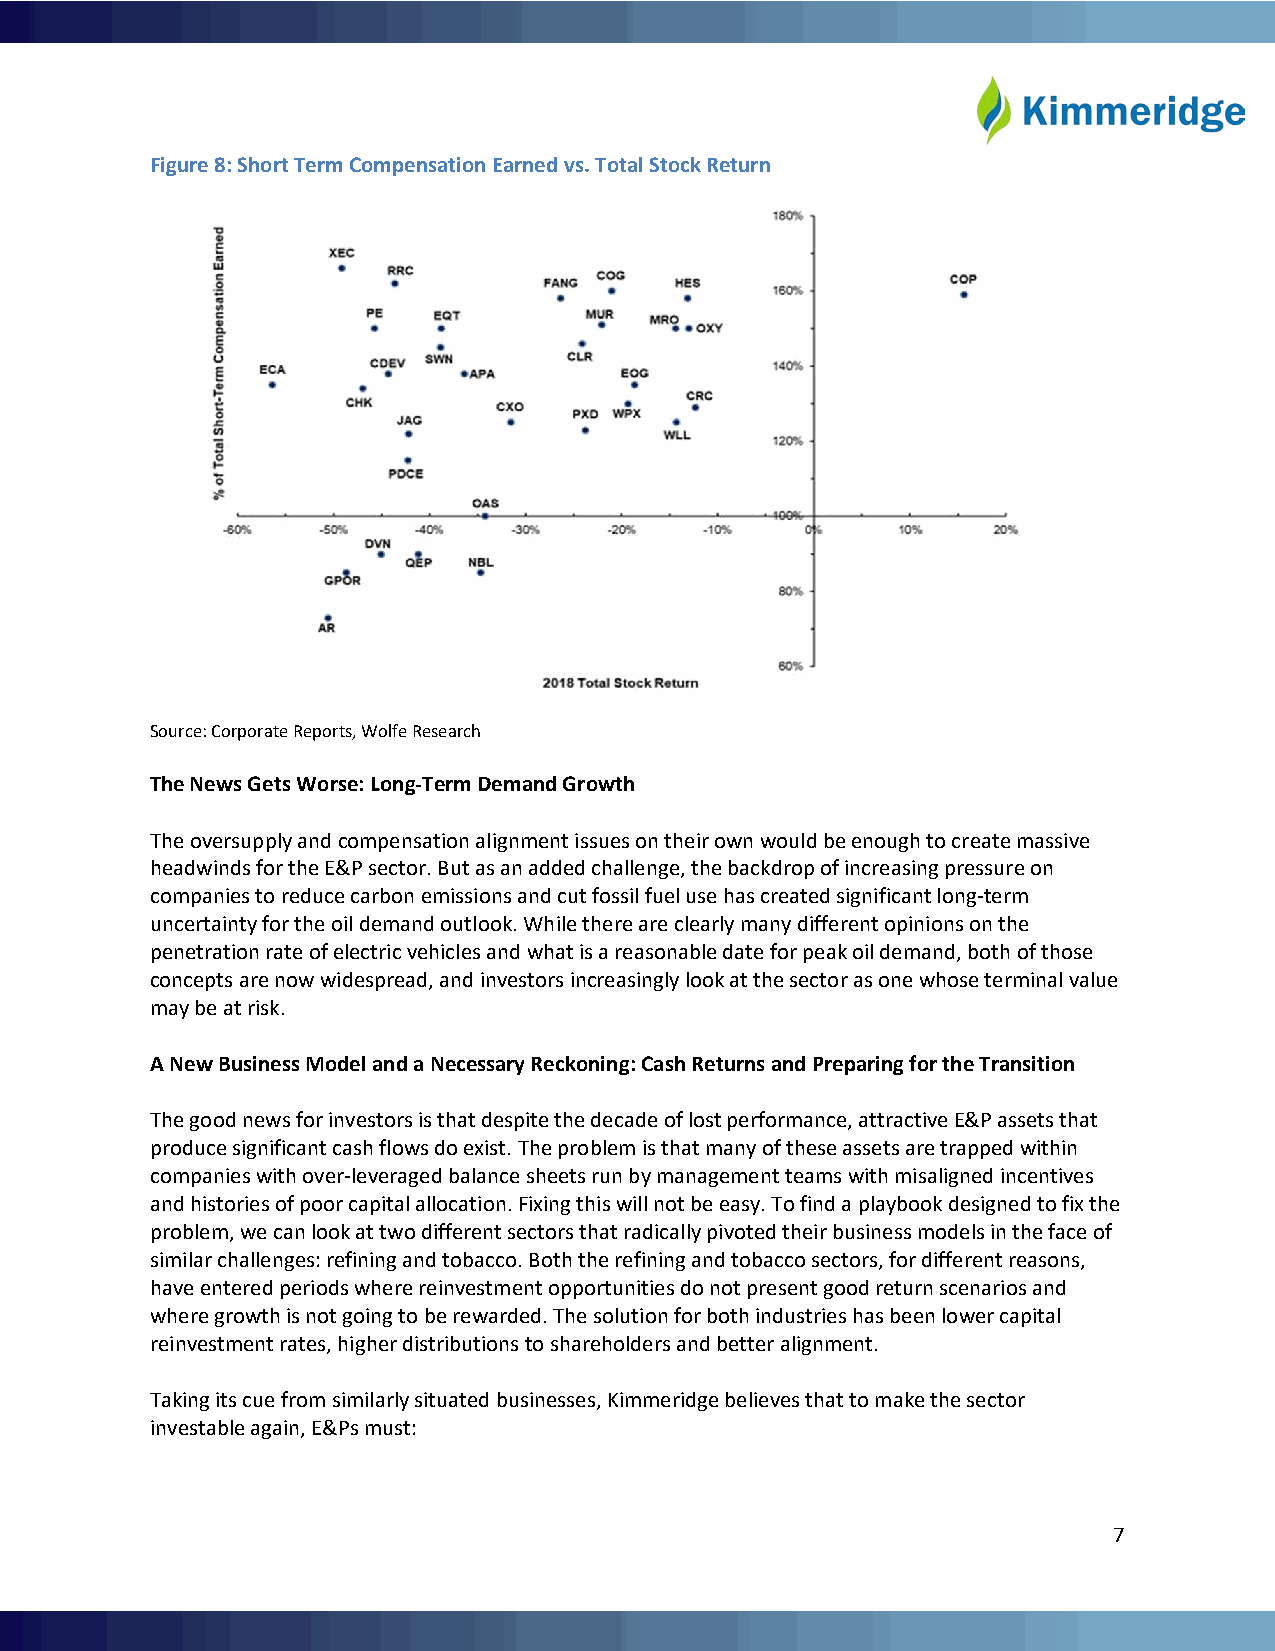
Figure 8: Short Term Compensation Earned vs. Total Stock Return
 Source: Corporate Reports, Wolfe Research
 The News Gets Worse: Long-Term Demand Growth
 The oversupply and compensation alignment issues on their own would be enough to create massive
 headwinds for the E&P sector. But as an added challenge, the backdrop of increasing pressure on
 companies to reduce carbon emissions and cut fossil fuel use has created significant long-term
 uncertainty for the oil demand outlook. While there are clearly many different opinions on the
 penetration rate of electric vehicles and what is a reasonable date for peak oil demand, both of those
 concepts are now widespread, and investors increasingly look at the sector as one whose terminal value
 may be at risk.
 A New Business Model and a Necessary Reckoning: Cash Returns and Preparing for the Transition
 The good news for investors is that despite the decade of lost performance, attractive E&P assets that
 produce significant cash flows do exist. The problem is that many of these assets are trapped within
 companies with over-leveraged balance sheets run by management teams with misaligned incentives
 and histories of poor capital allocation. Fixing this will not be easy. To find a playbook designed to fix the
 problem, we can look at two different sectors that radically pivoted their business models in the face of
 similar challenges: refining and tobacco. Both the refining and tobacco sectors, for different reasons,
 have entered periods where reinvestment opportunities do not present good return scenarios and
 where growth is not going to be rewarded. The solution for both industries has been lower capital
 reinvestment rates, higher distributions to shareholders and better alignment.
 Taking its cue from similarly situated businesses, Kimmeridge believes that to make the sector
 investable again, E&Ps must:
 7